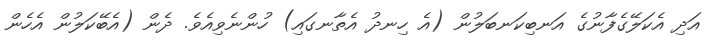
އަދި އެކަލޭގެފާނުގެ އަނބިކަނބަލުން (އެ ހިނދު އެތާނގައި) ހުންނެވިއެވެ. ދެން (އެބޭކަލުން އެހެން